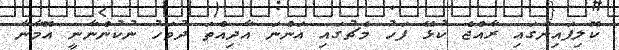
ކޮލިފައިންގައި ރާއްޖެ ކުޅޭ ފަހު މެޗުގައި އަންނަ އާދިއްތަ ދުވަހު ނުކުންނާނީ އޮމާނާ